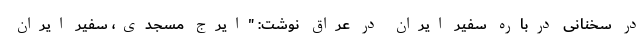
در سخنانی درباره سفیر ایران در عراق نوشت: "ایرج مسجدی، سفیر ایران